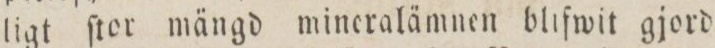
ligt ſtor mängd mineralämnen blifwit gjord